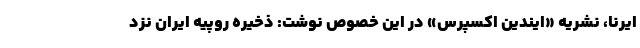
ایرنا، نشریه «ایندین اکسپرس» در این خصوص نوشت: ذخیره روپیه ایران نزد